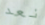
نعد